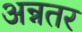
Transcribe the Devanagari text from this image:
अन्नतर